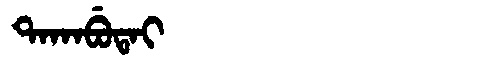
Manchu: ᡨᠠᡴᠠᠪᡠᡨᠠᡳ
Romanization: TAKABUTAI